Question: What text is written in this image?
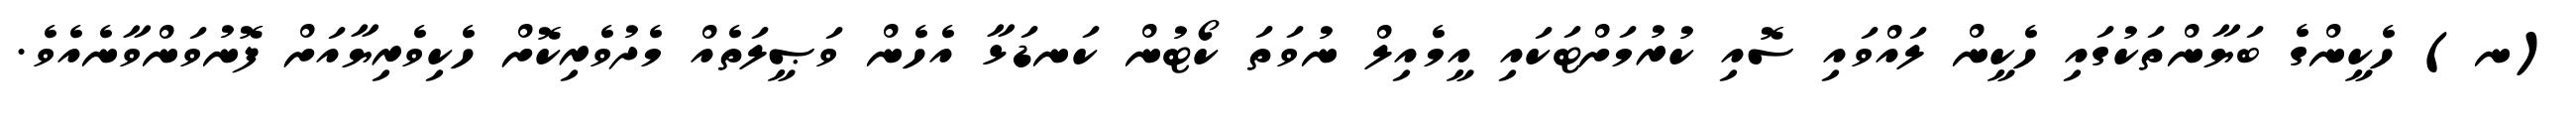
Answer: (ނ) ހެކީންގެ ބަޔާންތަކުގައި ހެކީން ލައްވައި ސޮއި ކުރުމަށްޓަކައި އީމެއިލް ނުވަތަ ކޯޓުން ކަނޑަޅާ އެހެން ވަޞީލަތެއް މެދުވެރިކޮށް ހެކިވެރިޔާއަށް ފޮނުވަންވާނެއެވެ.